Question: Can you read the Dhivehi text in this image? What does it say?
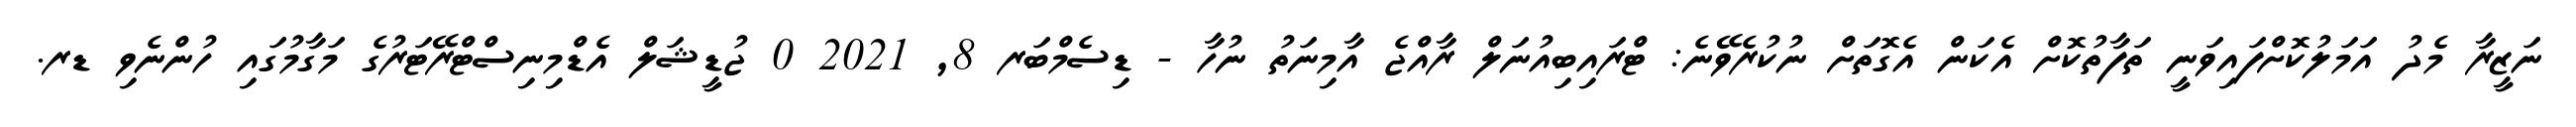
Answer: ނަޒީރާ މެދު އަމަލުކޮށްފައިވަނީ ތަފާތުކޮށް އެކަން އެގޮތަށް ނުކުރެވޭނެ: ޓްރައިބިއުނަލް ރާއްޖެ އާމިނަތު ނުހާ - ޑިސެމްބަރ 8, 2021 0 ޖުޑީޝަލް އެޑްމިނިސްޓްރޭޓަރުގެ މަގާމުގައި ހުންނެވި ޑރ.